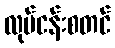
လုပ်ငန်းစတင်